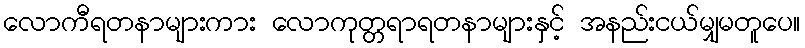
လောကီရတနာများကား လောကုတ္တရာရတနာများနှင့် အနည်းငယ်မျှမတူပေ။